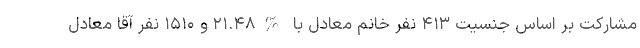
مشارکت بر اساس جنسیت ۴۱۳ نفر خانم معادل با %۲۱.۴۸ و ۱۵۱۰ نفر آقا معادل